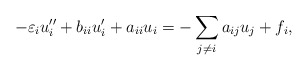
\begin{align*} -\varepsilon_i u_i'' + b_{ii}u_i' + a_{ii} u_i = - \sum_{j\ne i} a_{ij}u_j + f_i,\end{align*}